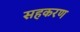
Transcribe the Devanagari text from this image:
सहकरण